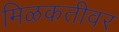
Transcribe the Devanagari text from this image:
मिळकतीवर